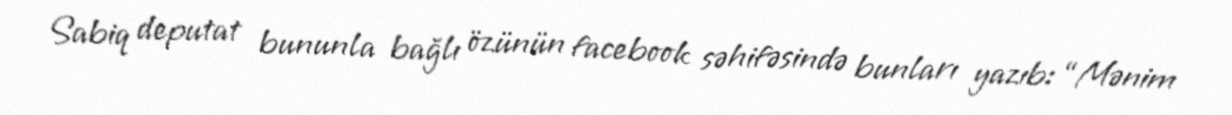
Sabiq deputat bununla bağlı özünün facebook səhifəsində bunları yazıb: “Mənim